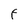
Character: F